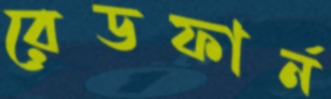
রেডফার্ন